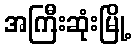
အကြီးဆုံးမြို့